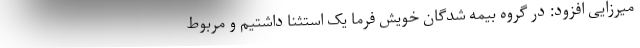
میرزایی افزود: در گروه بیمه شدگان خویش فرما یک استثنا داشتیم و مربوط